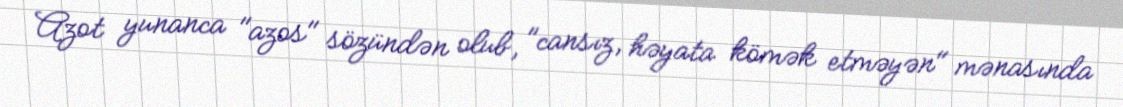
Azot yunanca "azos" sözündən olub, "cansız, həyata kömək etməyən" mənasında